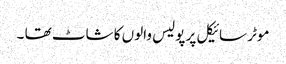
موٹر سائیکل پر پولیس والوں کا شاٹ تھا ۔